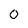
Character: 0